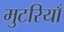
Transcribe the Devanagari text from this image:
मुटरियाँ